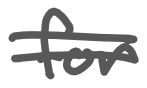
Text: for
Cross-out: double-line
Writing tool: digital_gray